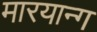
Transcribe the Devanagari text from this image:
मारयान्ग